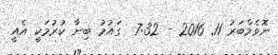
ނޮވެމްބަރު 11